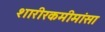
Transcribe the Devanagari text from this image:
शारीरकमीमांसा